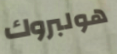
هولبروك